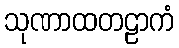
သုဏာထတဠာကံ